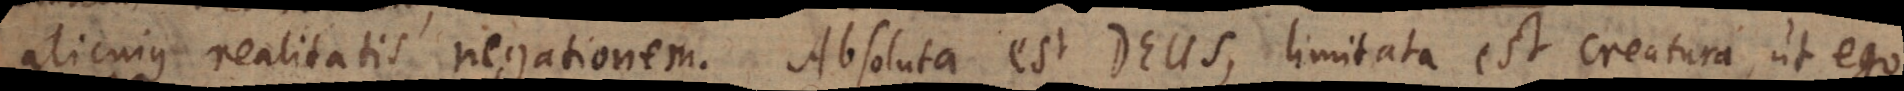
alicujus realitatis negationem. Absoluta est Deus, limitata est creatura, ut ego.